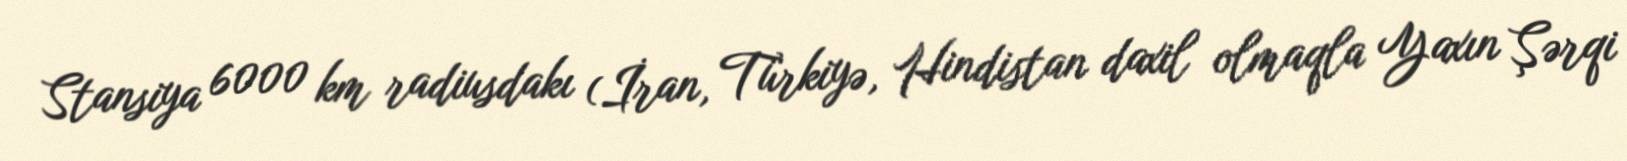
Stansiya 6000 km radiusdakı (İran, Türkiyə, Hindistan daxil olmaqla Yaxın Şərqi